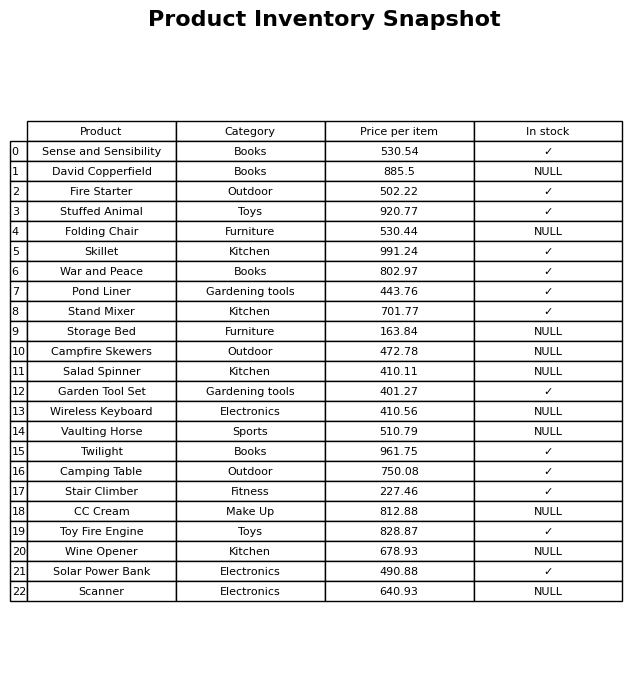
question: Is the David Copperfield in stock?
answer: NULL